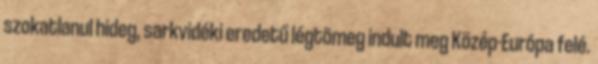
szokatlanul hideg, sarkvidéki eredetű légtömeg indult meg Közép-Európa felé.